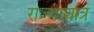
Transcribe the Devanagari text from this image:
राज्याशात्र